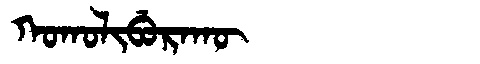
Manchu: ᡴᠣᡴᠣᠯᡳᠪᡠᡵᠠᡴᡡ
Romanization: KOKOLIBURAKŪ